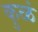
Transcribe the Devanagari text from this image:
कुळं